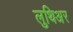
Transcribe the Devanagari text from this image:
लुथिअर